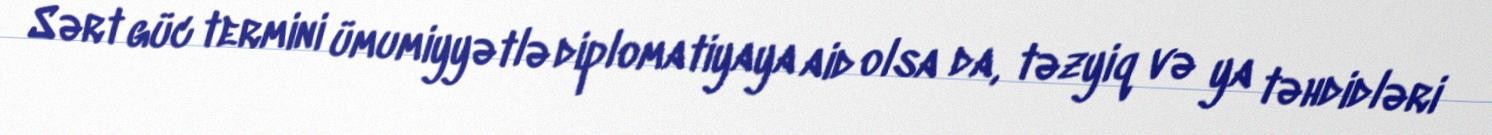
Sərt güc termini ümumiyyətlə diplomatiyaya aid olsa da, təzyiq və ya təhdidləri